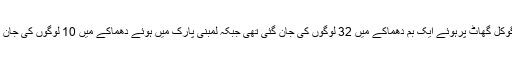
اس میں گوکل گھاٹ پرہوئے ایک بم دھماکے میں 32 لوگوں کی جان گئی تھی جبکہ لمبنی پارک میں ہوئے دھماکے میں 10 لوگوں کی جان گئی تھی۔